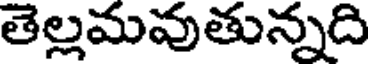
తెల్లమవుతున్నది